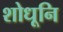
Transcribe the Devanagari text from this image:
शोधूनि